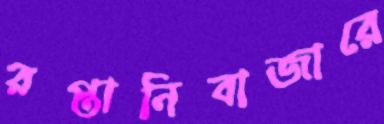
রপ্তানিবাজারে